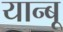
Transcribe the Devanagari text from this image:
यान्बू